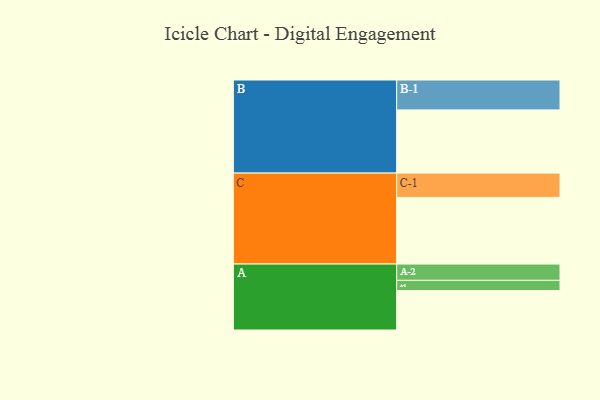
{"axis": {"x": "Segment", "y": "Value"}, "legend": ["", "A", "B", "C"], "data": [{"x": "A", "y": 330, "type": ""}, {"x": "B", "y": 528, "type": ""}, {"x": "C", "y": 557, "type": ""}, {"x": "A-1", "y": 85, "type": "A"}, {"x": "A-2", "y": 136, "type": "A"}, {"x": "B-1", "y": 250, "type": "B"}, {"x": "C-1", "y": 203, "type": "C"}]}